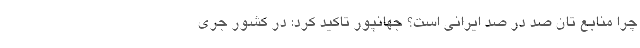
چرا منابع تان صد در صد ایرانی است؟ جهانپور تاکید کرد: در کشور جری